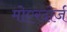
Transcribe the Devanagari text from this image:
मोएरदोर्ज